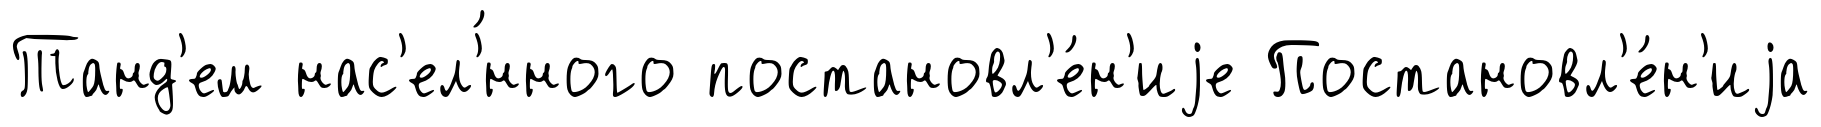
Танд'ем нас'ел'́нного постановл'е́н'иjе Постановл'е́н'иjа